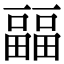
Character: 㽬